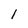
Character: 1